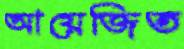
আয়েজিত